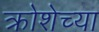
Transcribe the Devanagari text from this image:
क्रोशेच्या